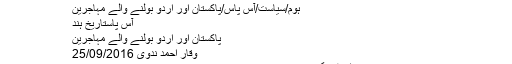
پاکستان اور اردو بولنے والے مہاجرین ~ مضامین ڈاٹ کام
ہوم/سیاست/آس پاس/پاکستان اور اردو بولنے والے مہاجرین
آس پاستاریخ ہند
پاکستان اور اردو بولنے والے مہاجرین
وقار احمد ندوی 25/09/2016
ہندوستان کی تقسیم یا بالفاظ دیگر قیام پاکستان ایک حقیقت ہے اور مہاجرین ایک دوسری حقیقت۔